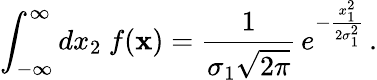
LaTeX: \int_{-\infty}^{\infty}dx_{2}\ f({\mathbf x})={\frac{1}{\sigma_{1}\sqrt{2\pi}}}\, e^{-{\frac{x_{1}^{2}}{2\sigma_{1}^{2}}}}\, .